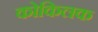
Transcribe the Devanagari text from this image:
कोकिलक